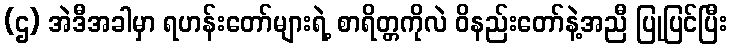
(ဌ) အဲဒီအခါမှာ ရဟန်းတော်များရဲ့ စာရိတ္တကိုလဲ ဝိနည်းတော်နဲ့အညီ ပြုပြင်ပြီး